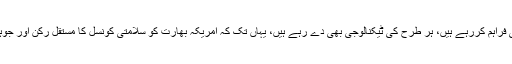
چنانچہ وہ بھارت کو سرمایہ بھی فراہم کررہے ہیں، ہر طرح کی ٹیکنالوجی بھی دے رہے ہیں، یہاں تک کہ امریکہ بھارت کو سلامتی کونسل کا مستقل رکن اور جوہری کلب کا حصہ بنانا چاہتا ہے۔